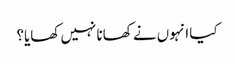
کیا انہوں نے کھانا نہیں کھایا؟